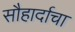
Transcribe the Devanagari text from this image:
सौहार्दाचा